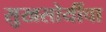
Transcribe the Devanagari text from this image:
सुखसोयींचा